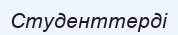
Студенттерді